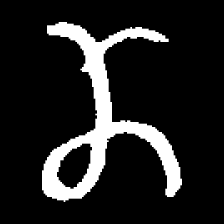
Pyu character \u2014 Myanmar letter: ဏ (romanized: nna)